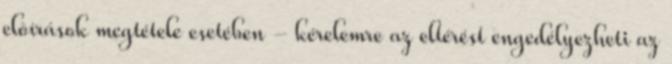
elõírások megtétele esetében - kérelemre az eltérést engedélyezheti az